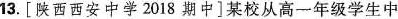
13.[陕西西安中学2018期中]某校从高一年级学生中